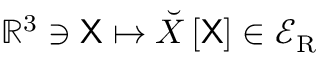
\mathbb { R } ^ { 3 } \ni \mathsf { X } \mapsto \breve { X } \left[ \mathsf { X } \right] \in \mathcal { E } _ { \mathrm { { R } } }